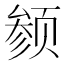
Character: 𬱬